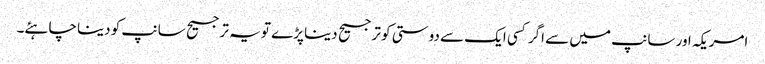
امریکہ اور سانپ میں سے اگر کسی ایک سے دوستی کو ترجیح دینا پڑے تو یہ ترجیح سانپ کو دینا چاہئے۔